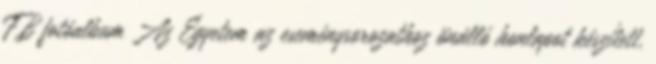
FB fotóalbum Az Egyetem az eseménysorozathoz önálló honlapot készített,